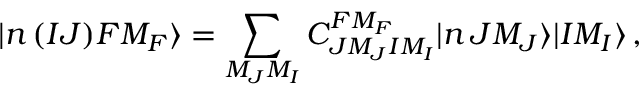
\ensuremath { | n \, ( { I J } ) F M _ { F } \rangle } = \sum _ { M _ { J } M _ { I } } C _ { J M _ { J } I M _ { I } } ^ { F M _ { F } } \ensuremath { | n \, J M _ { J } \rangle } \ensuremath { | I M _ { I } \rangle } \, ,